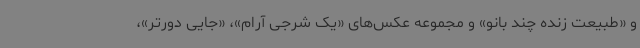
و «طبیعت زنده چند بانو» و مجموعه عکس‌های «یک شرجی آرام»، «جایی دورتر»،